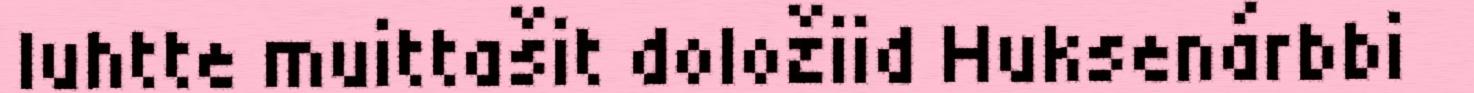
luhtte muittašit doložiid Huksenárbbi